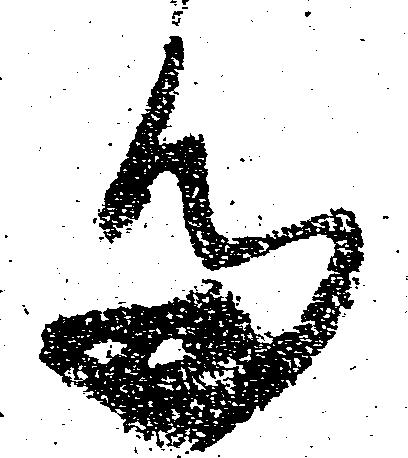
多